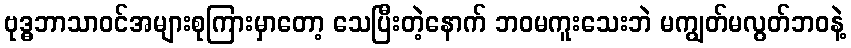
ဗုဒ္ဓဘာသာဝင်အများစုကြားမှာတော့ သေပြီးတဲ့နောက် ဘဝမကူးသေးဘဲ မကျွတ်မလွတ်ဘဝနဲ့